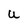
Character: U